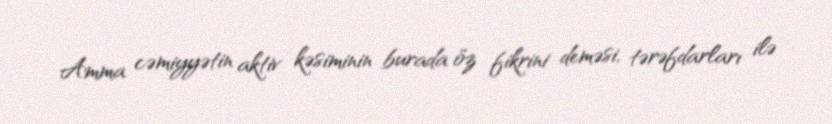
Amma cəmiyyətin aktiv kəsiminin burada öz fikrini deməsi, tərəfdarları ilə